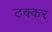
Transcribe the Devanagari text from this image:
ठक्‍कर